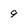
Character: 9